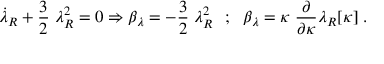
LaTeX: \dot { \lambda } _ { R } + \frac { 3 } { 2 } \; \lambda _ { R } ^ { 2 } = 0 \Rightarrow \beta _ { \lambda } = - \frac { 3 } { 2 } \; \lambda _ { R } ^ { 2 } ~ ~ ; ~ ~ \beta _ { \lambda } = \kappa \; \frac { \partial } { \partial \kappa } \lambda _ { R } [ \kappa ] \; .